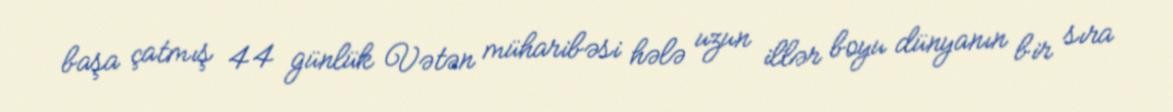
başa çatmış 44 günlük Vətən müharibəsi hələ uzun illər boyu dünyanın bir sıra